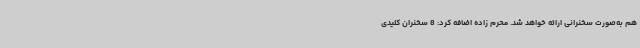
هم به‌صورت سخنرانی ارائه خواهد شد. محرم زاده اضافه کرد: 8 سخنران کلیدی